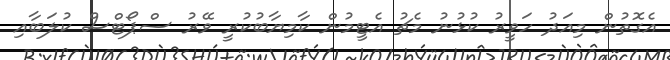
އެގޮތުން މިއަދު ހަވީރު ކުޅުނު މެޗު އެޓީމުން ކާމިޔާބުކުރީ ވޭރު ސްޕޯޓްސް ކުލަބާއި